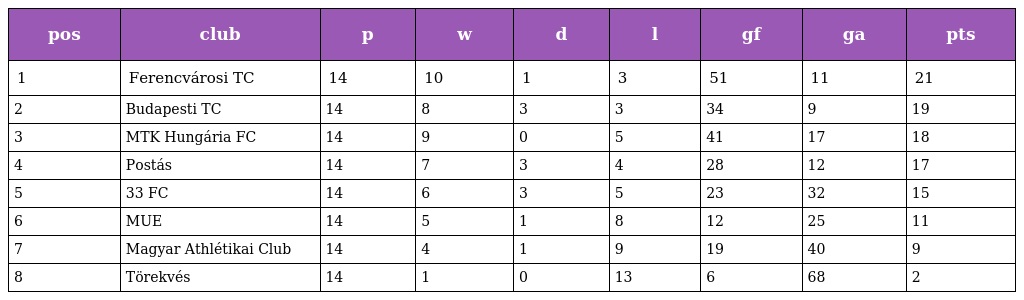
| pos | club | p | w | d | l | gf | ga | pts |
 | --- | --- | --- | --- | --- | --- | --- | --- | --- |
 | 1 | Ferencvárosi TC | 14 | 10 | 1 | 3 | 51 | 11 | 21 |
 | 2 | Budapesti TC | 14 | 8 | 3 | 3 | 34 | 9 | 19 |
 | 3 | MTK Hungária FC | 14 | 9 | 0 | 5 | 41 | 17 | 18 |
 | 4 | Postás | 14 | 7 | 3 | 4 | 28 | 12 | 17 |
 | 5 | 33 FC | 14 | 6 | 3 | 5 | 23 | 32 | 15 |
 | 6 | MUE | 14 | 5 | 1 | 8 | 12 | 25 | 11 |
 | 7 | Magyar Athlétikai Club | 14 | 4 | 1 | 9 | 19 | 40 | 9 |
 | 8 | Törekvés | 14 | 1 | 0 | 13 | 6 | 68 | 2 |